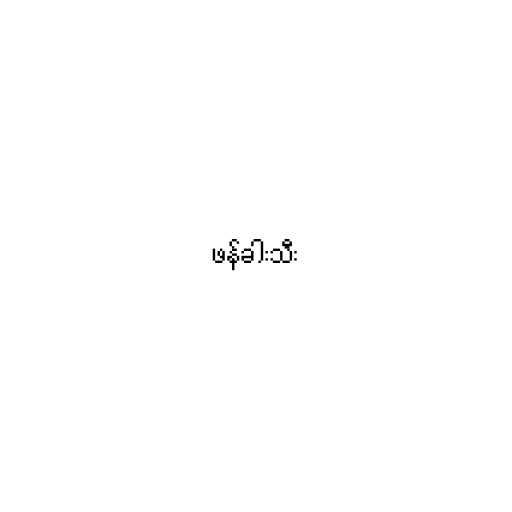
ဖန်ခါးသီး